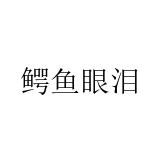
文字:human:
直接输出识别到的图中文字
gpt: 鳄鱼眼泪